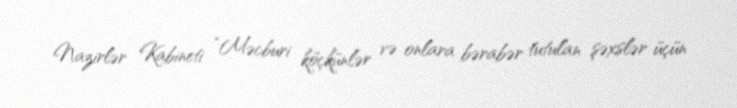
Nazirlər Kabineti “Məcburi köçkünlər və onlara bərabər tutulan şəxslər üçün